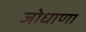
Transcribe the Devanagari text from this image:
जोधाणा